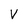
Character: V